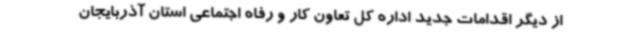
از دیگر اقدامات جدید اداره کل تعاون کار و رفاه اجتماعی استان آذربایجان